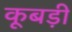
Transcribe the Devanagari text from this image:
कूबड़ी